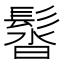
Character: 𩭣